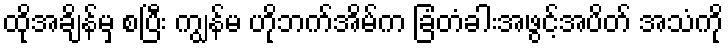
ထိုအချိန်မှ စပြီး ကျွန်မ ဟိုဘက်အိမ်က ခြံတံခါးအဖွင့်အပိတ် အသံကို